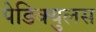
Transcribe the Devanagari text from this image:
पेडिक्युलस